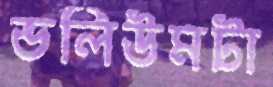
ভলিউমটা